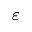
\varepsilon